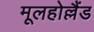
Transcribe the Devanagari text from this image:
मूलहोल्लैंड